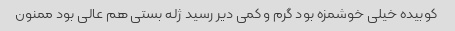
کوبیده خیلی خوشمزه بود گرم و کمی دیر رسید ژله بستی هم عالی بود ممنون